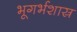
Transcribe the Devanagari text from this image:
भूगर्भशास्र